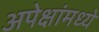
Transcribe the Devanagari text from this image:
अपेक्षांमध्ये